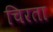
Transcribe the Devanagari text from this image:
चिरता